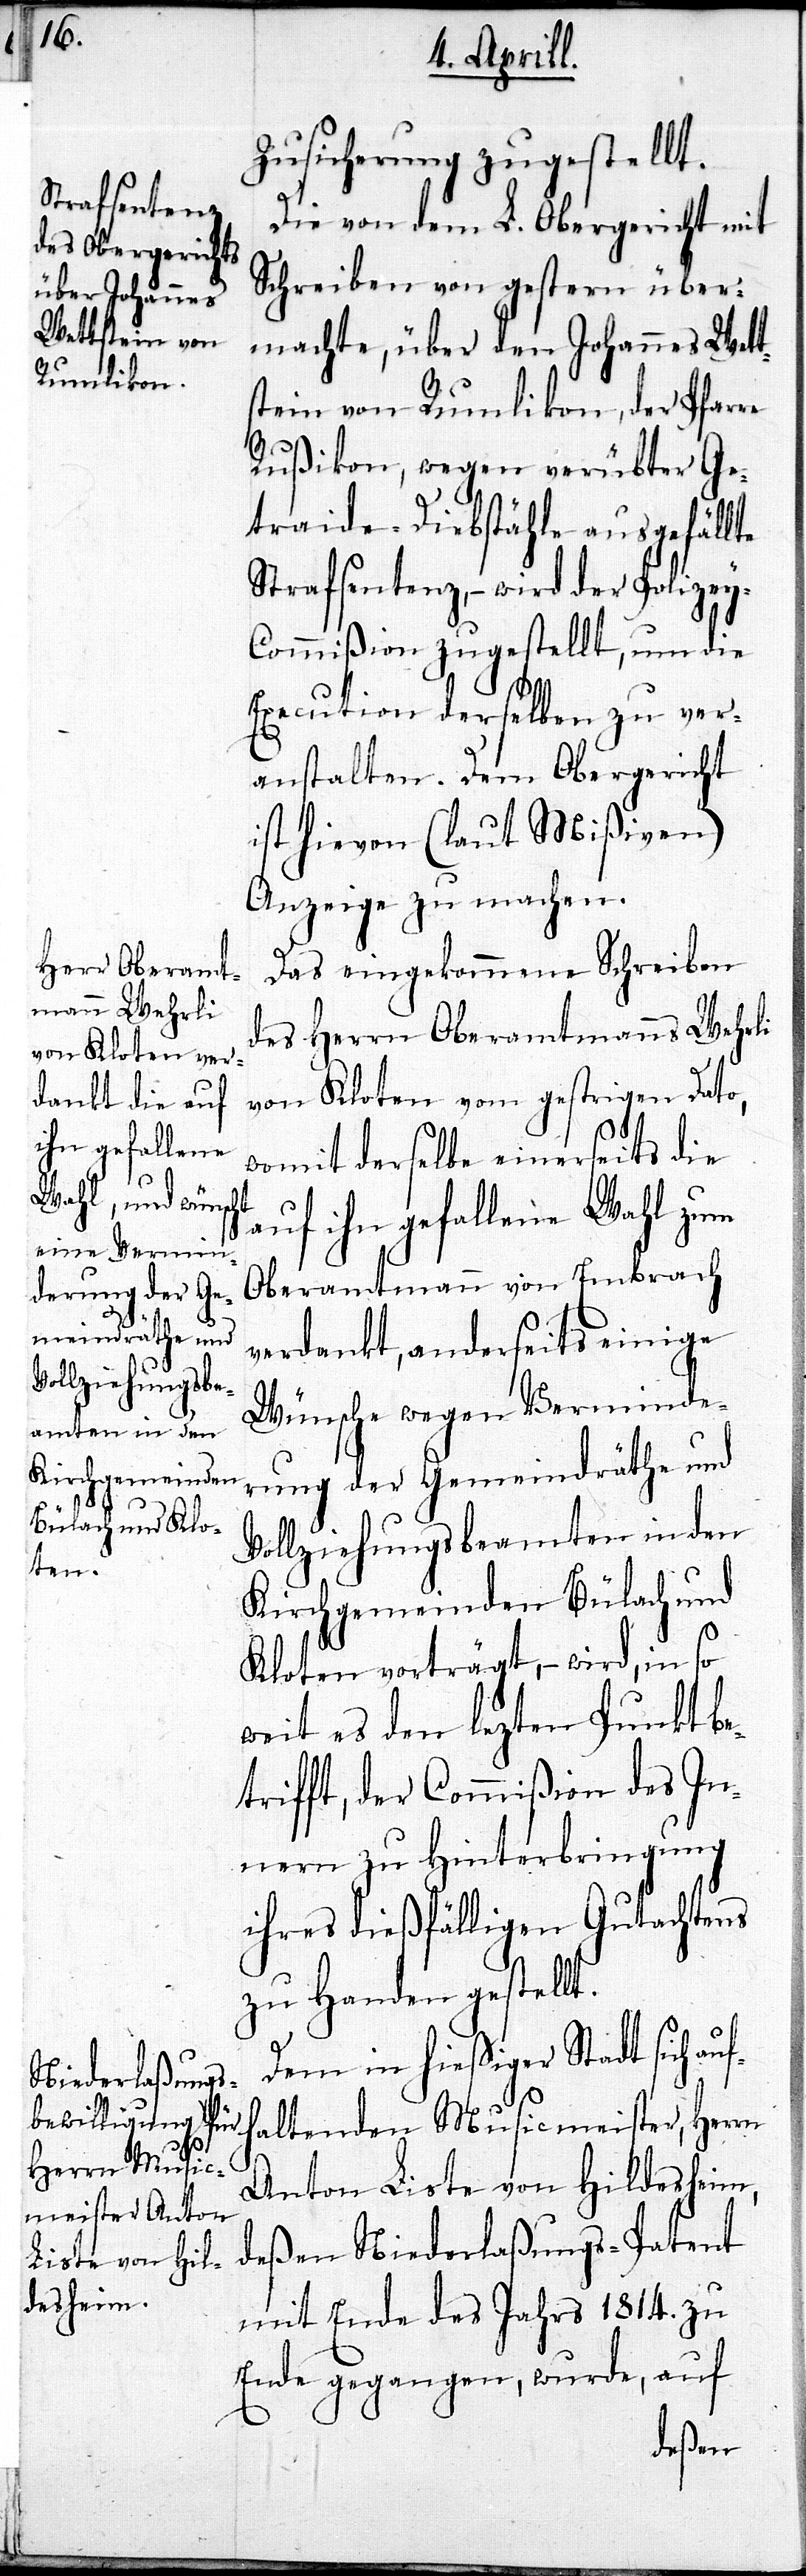
Zusicherung zugestellt.
Die von dem L. Obergericht mit
Schreiben von gestern über¬
machte, über den Johannes Wett¬
stein von Rumlikon, der Pfarre
Rußikon, wegen verübter Ge¬
traide-Diebstähle ausgefällte
Strafsentenz, – wird der Polize¬
y-Commißion zugestellt, um die
Execution derselben zu ver¬
anstalten. Dem Obergericht
ist hievon (laut Mißiven)
Anzeige zu machen.
Das eingekommene Schreiben
des Herrn Oberamtmanns Wehrli
von Kloten vom gestrigen Dato,
womit derselbe einerseits die
auf ihn gefallene Wahl zum
Oberamtmann von Embrach
verdankt, anderseits einige
Wünsche wegen Verminde¬
rung der Gemeindräthe und
Vollziehungsbeamten in den
Kirchgemeinden Bülach und
Kloten vorträgt,– wird, in so
weit es den lezten Punkt be¬
trifft, der Commißion des In¬
nern zu Hinterbringung
ihres dießfälligen Gutachtens
zu Handen gestellt.
Dem in hießiger Stadt sich auf¬
haltenden Musicmeister, Herrn
Anton Liste von Hildesheim,
deßen Niederlaßungs-Patent
mit Ende des Jahres 1814. zu
Ende gegangen, wurde, auf